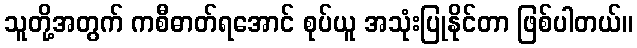
သူတို့အတွက် ကစီဓာတ်ရအောင် စုပ်ယူ အသုံးပြုနိုင်တာ ဖြစ်ပါတယ်။